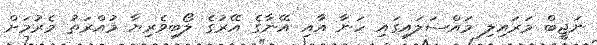
ނަޖީބް މަރައިލި މައްސަލައިގައި ހަނާ އާއި އޭނާގެ އޭރުގެ ލޯބިވެރިޔާ މުއްރަތު މެރުމަށް